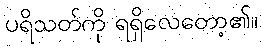
ပရိသတ်ကို ရရှိလေတော့၏။